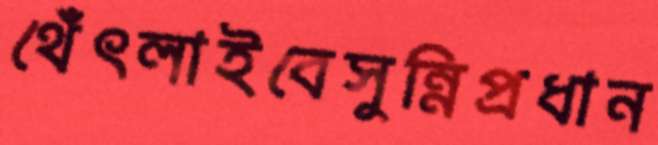
থেঁৎলাইবেসুন্নিপ্রধান